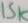
Text: 15K